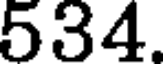
534.